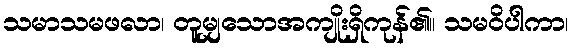
သမာသမဖလာ၊ တူမျှသောအကျိုးရှိကုန်၏။ သမဝိပါကာ၊